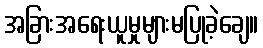
အခြားအရေးယူမှုများမပြုခဲ့ချေ။